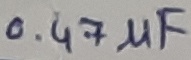
Text: 0.47µF